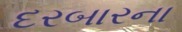
દરબારના